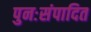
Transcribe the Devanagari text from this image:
पुनःसंपादित